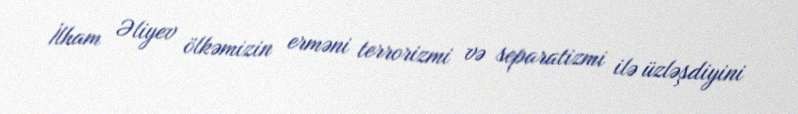
İlham Əliyev ölkəmizin erməni terrorizmi və separatizmi ilə üzləşdiyini